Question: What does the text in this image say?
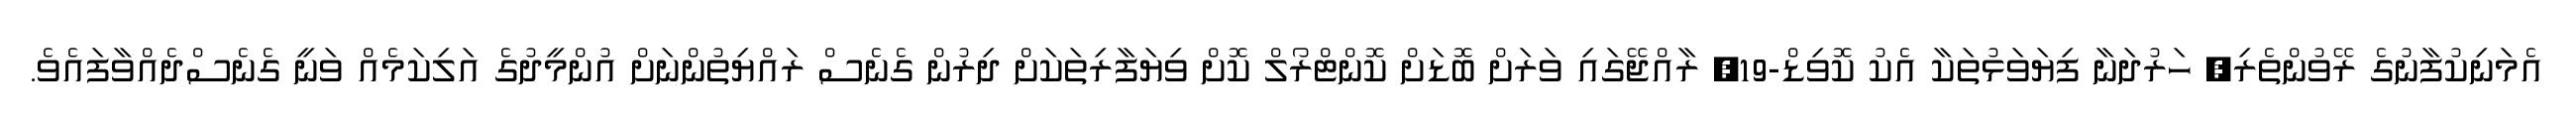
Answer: އެމަނިކުފާނުގެ ރޭވުންތެރި, ހަރުދަނާ ފިޔަވަޅުތަކާ އެކު ކޮވިޑް-19, ރާއްޖޭގައި ވަރަށް ބޮޑަށް ކޮންޓްރޯލް ކޮށް ވިޔަފާރިތަކަށް ދިރުން ގެނެސް ރައްޔިތުންނަށް އުންމީދުގެ އަލިކަމެއް ވަނީ ގެނެސްދެއްވާފައެވެ.